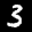
Label: 3